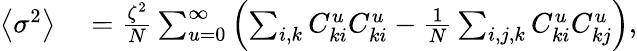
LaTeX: \begin{array}{rl}{\left\langle\sigma^{2}\right\rangle}&{{}=\frac{\zeta^{2}}{N}\sum_{u=0}^{\infty}{\left(\sum_{i,k}{C_{ki}^{u}C_{ki}^{u}}-\frac{1}{N}\sum_{i,j,k}{C_{ki}^{u}C_{kj}^{u}}\right)},}\end{array}